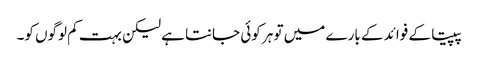
پپیتا کے فوائد کے بارے میں تو ہر کوئی جانتا ہے لیکن بہت کم لوگوں کو۔